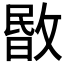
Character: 𢾞